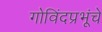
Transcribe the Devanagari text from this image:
गोविंदप्रभूंचे